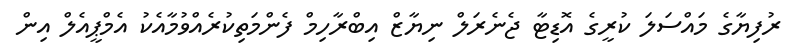
ރުފިޔާގެ މައްސަލަ ކުރީގެ އޮޑިޓާ ޖެނެރަލް ނިޔާޒް އިބްރާހިމް ފެންމަތިކުރެއްވުމާއެކު އެމްޕީއެލް އިން